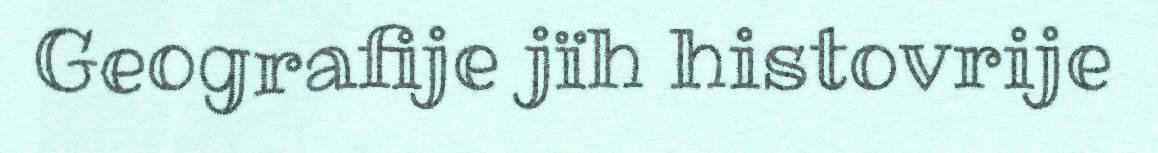
Geografije jïh histovrije